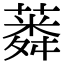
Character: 𦺸